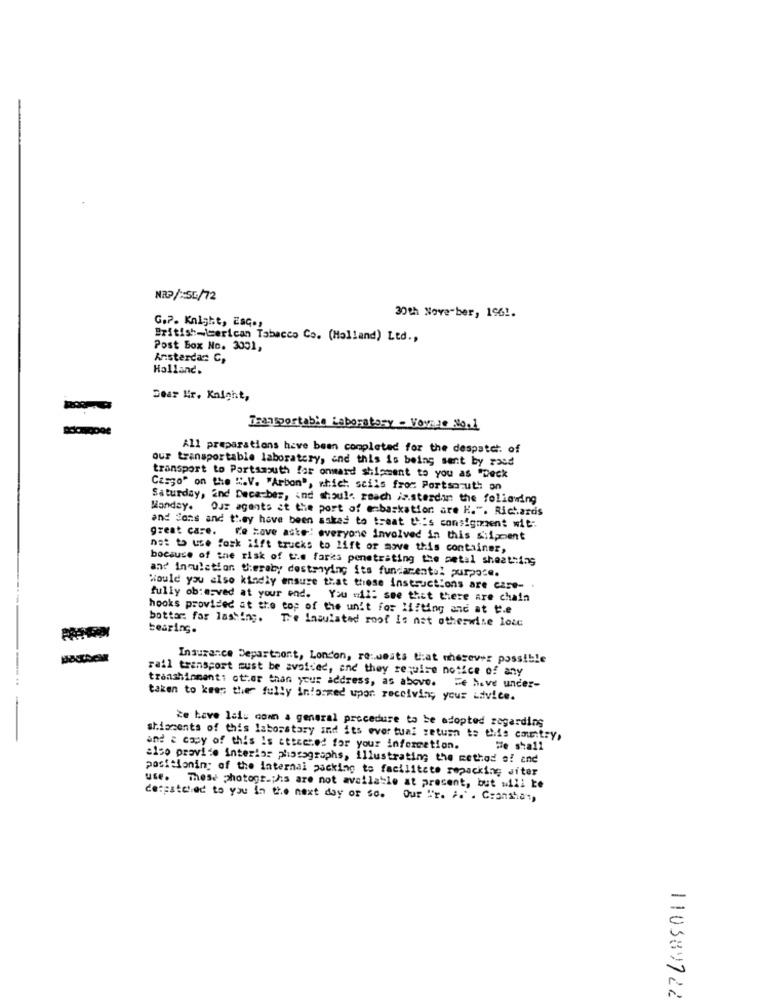
NRP/:SE/72
G.P. Knight, ESq .,
30th November, 196 !.
British-imerican Tabacco Co. (Holland) Ltd .,
Post Box No. 3001,
Ansterdam C,
Halland.
Dear Kr. Knight,
Transportable Laboratory - Vorare No.1
All preparations have been completed for the despatch. of
our transportable laboratory, and this is being sent by raed
transport to Portsmouth for onward shipment to you as "Deck
Casgo" on the ".V. "Arbon", which. scils from: Portsoruth on
Saturday, and Decarber, ind should reach js.sterdin the foliowing
Manday. Our agents at the port of embarkation are K.". Richards
and Sons and they have been asked to treat this consigment mit:
great care. We Have aste: everyone involved in this shipment
not to use fork lift trucks to lift or move this container,
bocsuse of the risk of the farks penetrating the metal sheathing
and' Insulation teraby destrying its fundamental purpace.
Would you also kindly ensure that these instructions are care- .
fully ob:asved at your end. You «il: see that there are chain
hooks provided at the top of the unit for lifting and at t.e
bottan for lashing. The Insulated roof Is not otherwise lote
bearing.
Insurance Departsont, London, re:weits that mherever possible
rail transport must be avoided, and they require notice of any
transhipment: other than your address, as above.
De have under-
taken to keep the fully informed upor receiving your advice.
Ze have lalu com a general procedure to be adopted regarding
shipments of this laboratory and its evor tual setum to this country,
and a copy of this is etteched for your information.
We shall
also provide interior photographs, illustrating the method o! and
positioning of the Internal packing to facilitate repacking witer
use. These photographs are not available at present, but will be
despatched to you in the next day or so. Our Ur. i.". Cranshan,
1103897 22